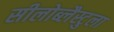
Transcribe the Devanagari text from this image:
सीलोब्लैस्टुला